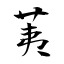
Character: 荑